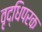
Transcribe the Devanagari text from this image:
वृद्धिपरक